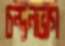
চন্দনভাগ